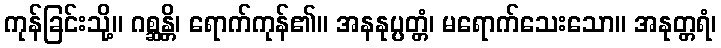
ကုန်ခြင်းသို့။ ဂစ္ဆန္တိ၊ ရောက်ကုန်၏။ အနနုပ္ပတ္တံ၊ မရောက်သေးသော။ အနုတ္တရံ၊